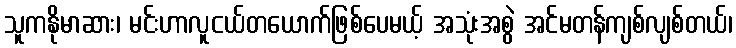
သူကနိုမာဆား၊ မင်းဟာလူငယ်တယောက်ဖြစ်ပေမယ့် အသုံးအစွဲ အင်မတန်ကျစ်လျစ်တယ်၊